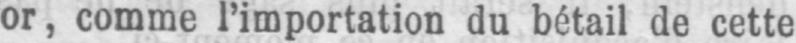
or, comme l’importation du bétail de cette